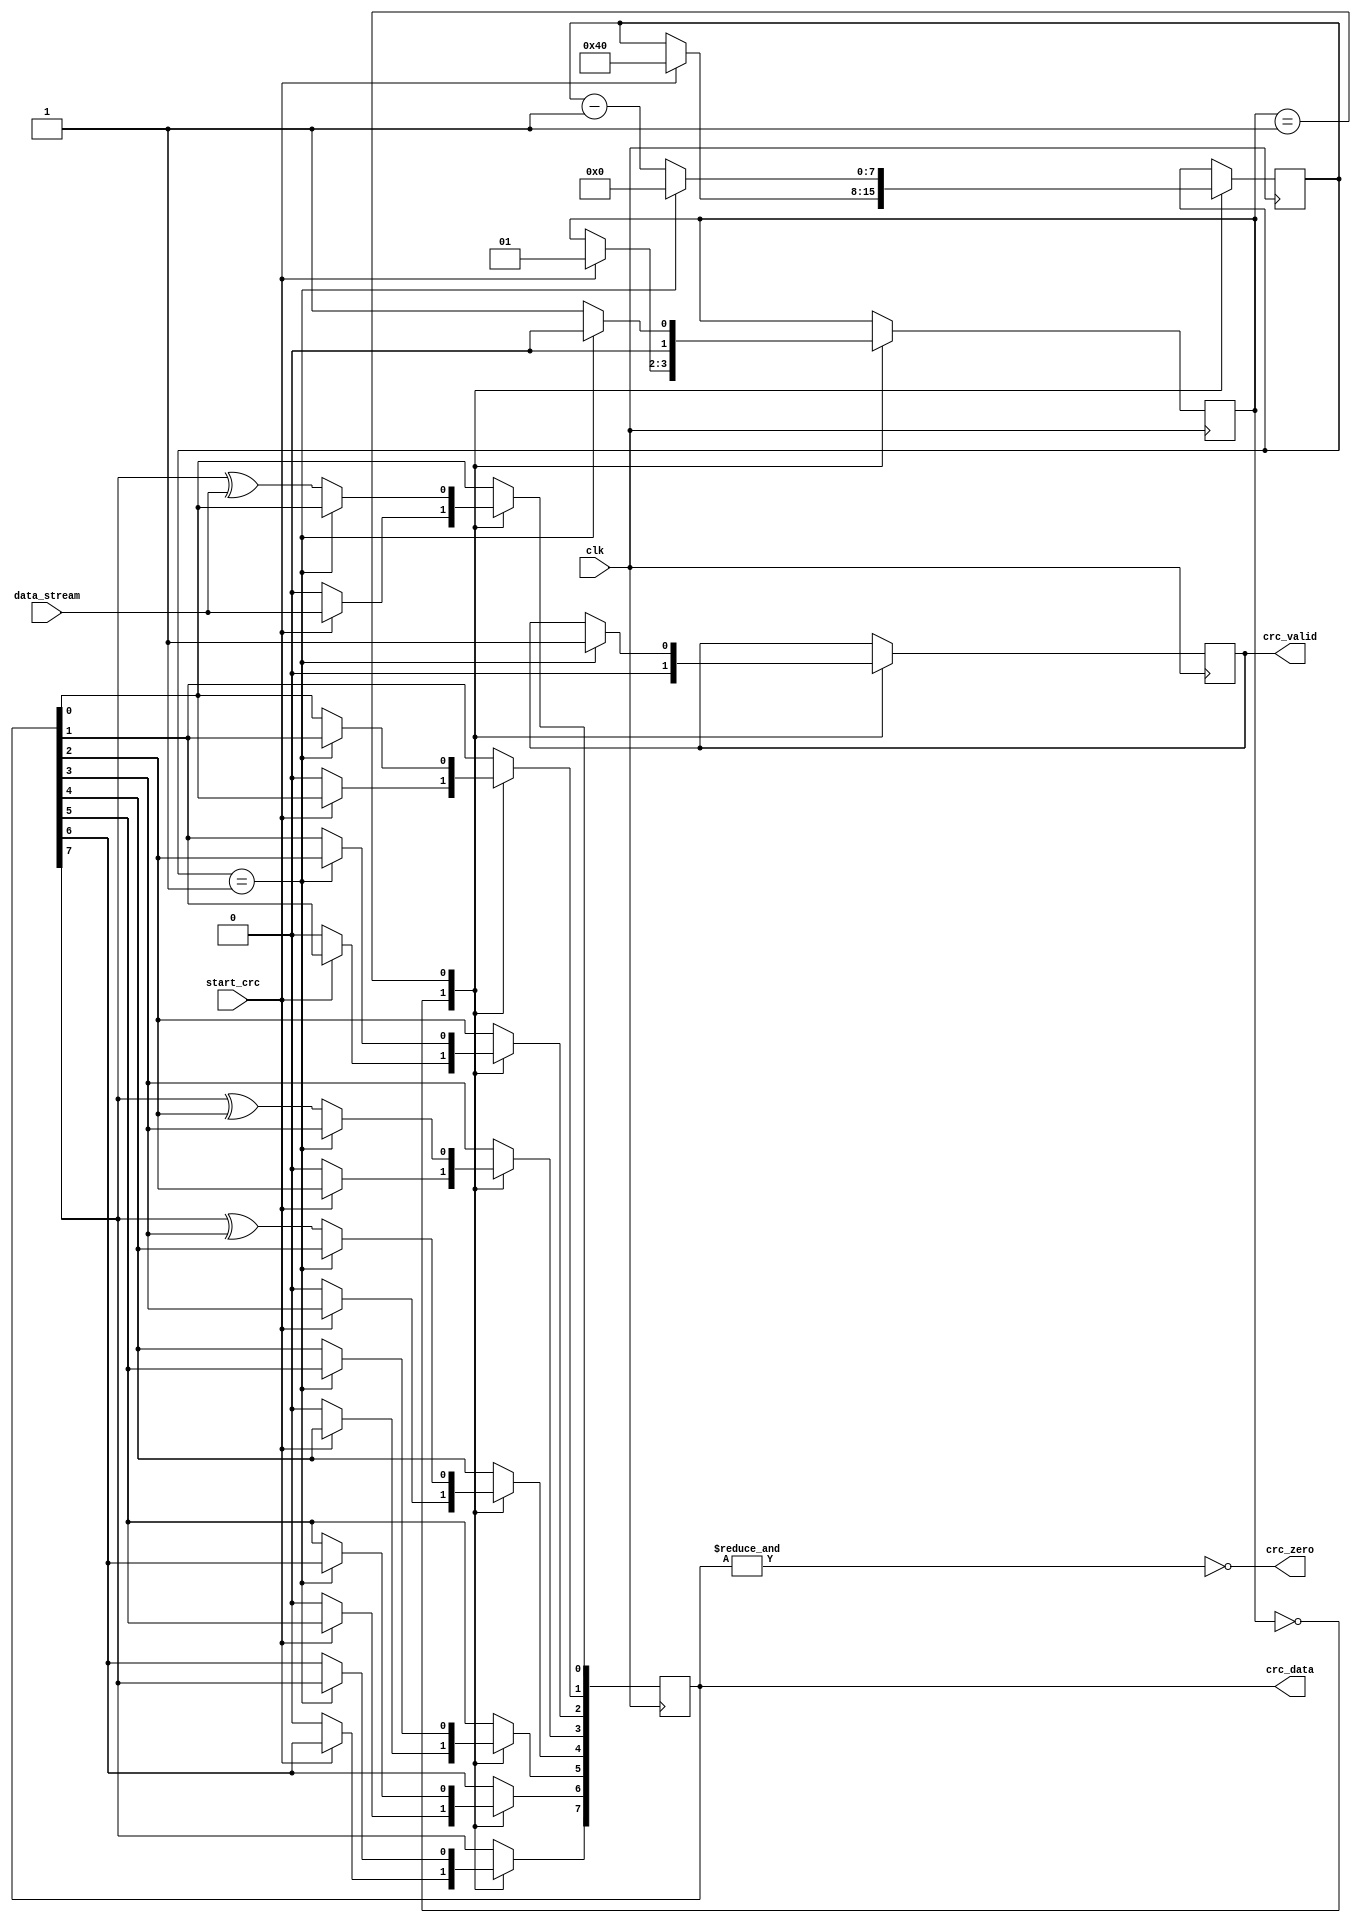
module ows_crc(
    /* Clock Signals */
    input               clk,
    
    /* Input data stream and control signals */
    input               start_crc,
    input               data_stream,
    
    /* Output Computed CRC and control signals */
    output [7:0]        crc_data,
    output              crc_valid,
    output              crc_zero
);

/* Register declaration */
reg [7:0]              r_shift = 0;
reg [7:0]              counter = 0;
reg                    r_crc_valid = 0;

// To be add with configuration signal
reg [8:0]              crc_poly = 9'h119;

// Parameters
parameter UID_SERIAL_DATA_WIDTH =56; 

/* Assigning signals */
assign crc_data     = r_shift[7:0];
assign crc_valid    = r_crc_valid;
assign crc_zero     = ~(&crc_data);

/* State Machine parameters */
reg [1:0]  state = 0;
localparam IDLE             = 2'h0;
localparam CRC_CALCULATE    = 2'h1;

always @(posedge clk) begin
case (state) 
    IDLE: begin
        r_shift <= 0;
        r_crc_valid <= 0;
        
        if(start_crc) begin
            r_shift <= {r_shift, data_stream};
            counter <= UID_SERIAL_DATA_WIDTH + 6'd8;
            state <= CRC_CALCULATE;
        end
    end
    
    CRC_CALCULATE: begin
        if(counter == 1) begin
            counter <= 0;
            r_crc_valid <= 1;
            state <= IDLE;
        end else begin
            /* CRC Algorithm Depending upon CRC Polynomial */
            //r_shift[14]  <= (crc_poly[14]) ? (r_shift[14] ^ r_shift[13]) : r_shift[13];
            //r_shift[13]  <= (crc_poly[13]) ? (r_shift[14] ^ r_shift[12]) : r_shift[12];
            //r_shift[12]  <= (crc_poly[12]) ? (r_shift[14] ^ r_shift[11]) : r_shift[11];
            //r_shift[11]  <= (crc_poly[11]) ? (r_shift[14] ^ r_shift[10]) : r_shift[10];
            //r_shift[10]  <= (crc_poly[10]) ? (r_shift[14] ^ r_shift[9])  : r_shift[9];
            //r_shift[9]   <= (crc_poly[9])  ? (r_shift[14] ^ r_shift[8])  : r_shift[8];
            //r_shift[8]   <= (crc_poly[8])  ? (r_shift[14] ^ r_shift[7])  : r_shift[7];
            r_shift[7]   <= (crc_poly[7])  ? (r_shift[7] ^ r_shift[6])  : r_shift[6];
            r_shift[6]   <= (crc_poly[6])  ? (r_shift[7] ^ r_shift[5])  : r_shift[5];
            r_shift[5]   <= (crc_poly[5])  ? (r_shift[7] ^ r_shift[4])  : r_shift[4];
            r_shift[4]   <= (crc_poly[4])  ? (r_shift[7] ^ r_shift[3])  : r_shift[3];
            r_shift[3]   <= (crc_poly[3])  ? (r_shift[7] ^ r_shift[2])  : r_shift[2];
            r_shift[2]   <= (crc_poly[2])  ? (r_shift[7] ^ r_shift[1])  : r_shift[1];
            r_shift[1]   <= (crc_poly[1])  ? (r_shift[7] ^ r_shift[0])  : r_shift[0];
            r_shift[0]   <= (crc_poly[0])  ? (r_shift[7] ^ data_stream) : data_stream;
        

            counter <= counter - 1;
            state <= CRC_CALCULATE;
        end 
    end
    endcase
end
endmodule